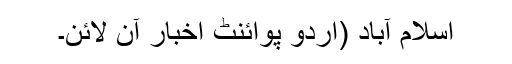
اسلام آباد (اُردو پوائنٹ اخبار آن لائن۔